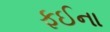
ફઈના